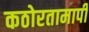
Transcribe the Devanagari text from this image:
कठोरतामापी